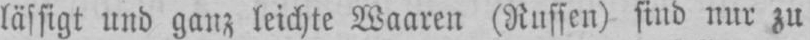
lässigt und ganz leichte Waaren (Russen) sind nur zu